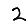
Digit: 2